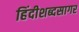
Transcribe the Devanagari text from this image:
हिंदीशब्दसागर